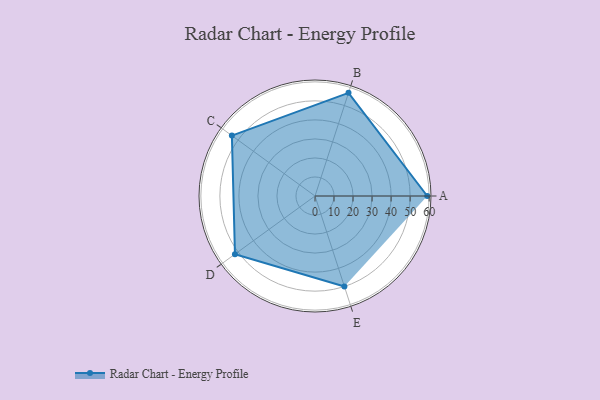
{"axis": {"x": "Skill", "y": "Score"}, "legend": ["Profile"], "data": [{"x": "A", "y": 59.0, "type": "Profile"}, {"x": "B", "y": 57.0, "type": "Profile"}, {"x": "C", "y": 54.0, "type": "Profile"}, {"x": "D", "y": 52.0, "type": "Profile"}, {"x": "E", "y": 50.0, "type": "Profile"}]}